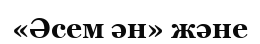
«Әсем ән» және